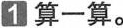
1算一算。